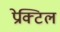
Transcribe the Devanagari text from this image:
प्रेक्टिल